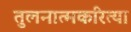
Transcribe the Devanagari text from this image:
तुलनात्मकरित्या